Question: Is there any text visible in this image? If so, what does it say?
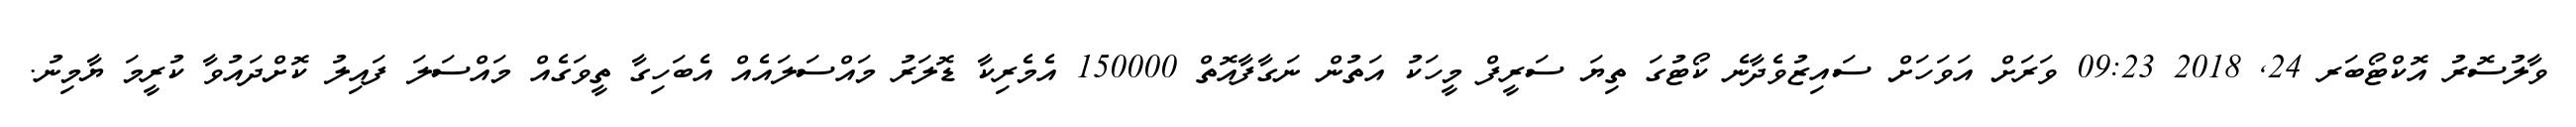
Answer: ވާލުސޮރު އޮކްޓޯބަރ 24, 2018 09:23 ވަރަށް އަވަހަށް ސައިޒުވެދާނެ ކޯޓުގަ ތިޔަ ސަރީފް މީހަކު އަތުން ނަގާފާއޮތް 150000 އެމެރިކާ ޑޮލަރު މައްސަލައެއް އެބަހިގާ ތީވަގެއް މައްސަލަ ފައިލު ކޮށްދައުވާ ކުރީމަ ޔާމިނު.